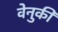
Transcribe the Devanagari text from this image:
वेनुकी